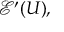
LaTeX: { \mathcal { E } } ^ { \prime } ( U ) ,